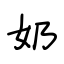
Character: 奶